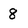
Character: 8